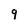
Character: 9